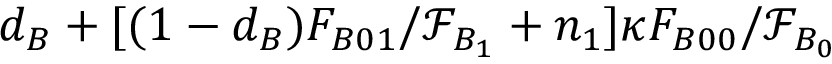
d _ { B } + [ ( 1 - d _ { B } ) F _ { B 0 1 } / \mathcal { F } _ { B _ { 1 } } + n _ { 1 } ] \kappa F _ { B 0 0 } / \mathcal { F } _ { B _ { 0 } }